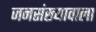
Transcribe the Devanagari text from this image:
जनसंख्यावाला